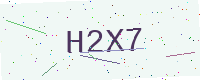
Text: H2X7